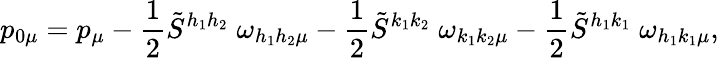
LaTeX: p_{0\mu}=p_{\mu}-\frac{1}{2}\tilde{S}^{h_{1}h_{2}}\; \omega_{h_{1}h_{2}\mu}-\frac{1}{2}\tilde{S}^{k_{1}k_{2}}\; \omega_{k_{1}k_{2}\mu}-\frac{1}{2}\tilde{S}^{h_{1}k_{1}}\; \omega_{h_{1}k_{1}\mu},